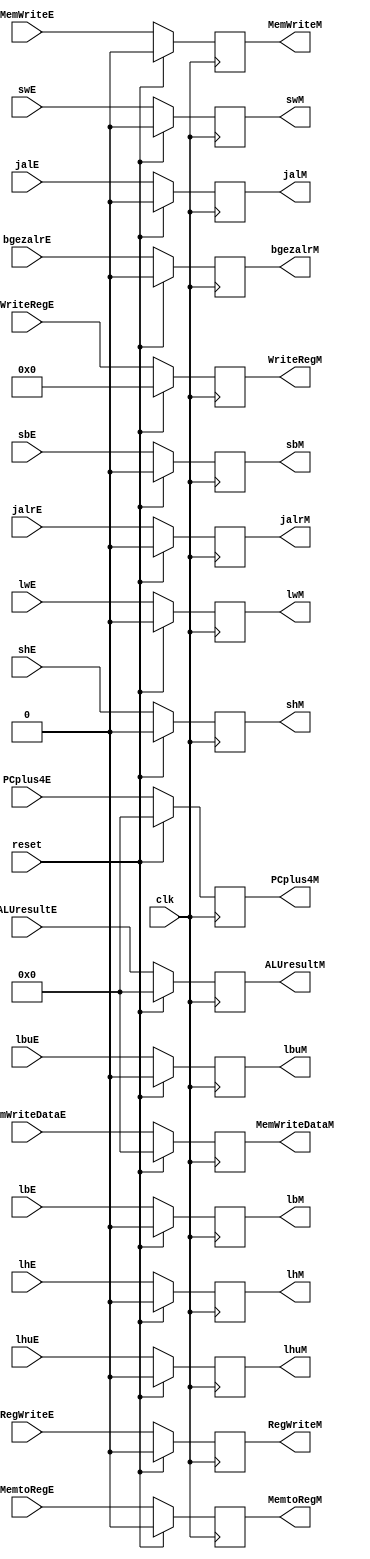
`timescale 1ns / 1ps
//////////////////////////////////////////////////////////////////////////////////
// Company: 
// Engineer: 
// 
// Design Name: 
// Module Name:    E_M_pipeReg 
// Project Name: 
// Target Devices: 
// Tool versions: 
// Description: 
//
// Dependencies: 
//
// Revision: 
// Revision 0.01 - File Created
// Additional Comments: 
//
//////////////////////////////////////////////////////////////////////////////////
module E_M_pipeReg(
    input RegWriteE,
    input MemtoRegE,
    input MemWriteE,
    input [4:0] WriteRegE,
    input [31:0] MemWriteDataE,
    input [31:0] ALUresultE,
	 input [31:0] PCplus4E,
	 input jalE,
	 input jalrE,
	 input bgezalrE,
	 input swE,
	 input shE,
	 input sbE,
	 input lwE,
	 input lhE,
	 input lhuE,
	 input lbE,
	 input lbuE,
	 input clk,
	 input reset,
    output reg RegWriteM,
    output reg MemtoRegM,
    output reg MemWriteM,
    output reg [4:0] WriteRegM,
    output reg [31:0] ALUresultM,
    output reg [31:0] MemWriteDataM,
	 output reg [31:0] PCplus4M,
	 output reg jalM,
	 output reg jalrM,
	 output reg bgezalrM,
	 output reg swM,
	 output reg shM,
	 output reg sbM,
	 output reg lwM,
	 output reg lhM,
	 output reg lhuM,
	 output reg lbM,
	 output reg lbuM
    );
	 
	 initial		begin
			RegWriteM <= 0;
			MemtoRegM <= 0;
			MemWriteM <= 0;
			WriteRegM <= 0;
			ALUresultM <= 0;
			MemWriteDataM <= 0;
			PCplus4M <= 0;
			jalM <= 0;
			jalrM <= 0;
			swM <= 0;
			shM <= 0;
			sbM <= 0;
			lwM <= 0;
			lhM <= 0;
			lhuM <= 0;
			lbM <= 0;
			lbuM <= 0;
			bgezalrM <= 0;
	 end
	 
	 always @(posedge clk) begin
			if(reset)	begin
				RegWriteM <= 0;
				MemtoRegM <= 0;
				MemWriteM <= 0;
				WriteRegM <= 0;
				ALUresultM <= 0;
				MemWriteDataM <= 0;
				PCplus4M <= 0;
				jalM <= 0;
				jalrM <= 0;
				swM <= 0;
				shM <= 0;
				sbM <= 0;
				lwM <= 0;
				lhM <= 0;
				lhuM <= 0;
				lbM <= 0;
				lbuM <= 0;
				bgezalrM <= 0;
			end
			else	begin
				RegWriteM <= RegWriteE;
				MemtoRegM <= MemtoRegE;
				MemWriteM <= MemWriteE;
				WriteRegM <= WriteRegE;
				ALUresultM <= ALUresultE;
				MemWriteDataM <= MemWriteDataE;
				PCplus4M <= PCplus4E;
				jalM <= jalE;
				jalrM <= jalrE;
				swM <= swE;
				shM <= shE;
				sbM <= sbE;
				lwM <= lwE;
				lhM <= lhE;
				lhuM <= lhuE;
				lbM <= lbE;
				lbuM <= lbuE;
				bgezalrM <= bgezalrE;
			end
	 end
	 
endmodule